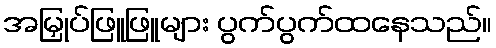
အမြှုပ်ဖြူဖြူများ ပွက်ပွက်ထနေသည်။